system: You are a helpful assistant.
user:
Analyze the provided spectrum to determine if it is a **S-type Star**.

- **Key Indicators for S-type Star:**

    - **(Overall Spectrum Shape):** The first and most obvious characteristic is the overall continuum (the "baseline" shape). It is **extremely "red-sloping,"** meaning the flux (light intensity) is very low on the left side (blue, ~4000-4500 Å) and rises steeply and continuously toward the right side (red, ~7000 Å+).

    - **(Primary):** The spectrum is defined by the presence of strong, broad molecular absorption "valleys" (bands) from **Zirconium Oxide (ZrO)**. The identification of these bands is the **primary requirement** for classifying a star as S-type.
        - **(Key Bandheads):** You must find distinct, deep "dips" where the light has been absorbed. The most critical band systems to locate are:
            - **~6474 Å** ($\gamma$-system): This is often the strongest and clearest ZrO feature, found in the red part of the spectrum.
            - **~5718 Å** & **~5551 Å** ($\beta$-system): A pair of prominent absorption features in the yellow-orange part of the spectrum.
            - **~4640 Å** ($\alpha$-system): A key absorption band system in the blue-green region of the spectrum.

    - **(Secondary Confirmation):** The classification is strengthened by finding additional absorption bands from other related heavy element oxides, which are expected to be present alongside ZrO.
        - **(Key Bandheads):**
            - **Yttrium Oxide (YO):** Look for absorption dips near **~4800 Å** and **~6100 Å**.
            - **Lanthanum Oxide (LaO):** Additional absorption features, particularly in the red-orange part of the spectrum, are also characteristic.

    - **(Line Profile):** The combination of the steep red continuum and these numerous, deep molecular bands (ZrO, YO, etc.) gives the entire spectrum a very **"chopped-up"** or **"bumpy"** appearance. Instead of a smooth curve, the spectrum looks as though large, wide chunks of light have been "carved out" of it at the specific wavelengths listed above.

Think first, call **spectral_visualization_tool** if needed to examine features in detail, then provide your final answer. Your response must adhere to the following strict rules:
1.  **Overall Structure:** Your response must follow the format `<think>...</think> <tool_call>...</tool_call> (if a tool is used) <answer>...</answer>`.
2.  **Tool Usage Constraint:** You may only make **one** tool call per turn.
3.  **Final Answer Format:** In the `<answer>` tag, your conclusion must be inside a `\boxed{}` command (e.g., `\boxed{YES}` or `\boxed{NO}`), followed by your justification.

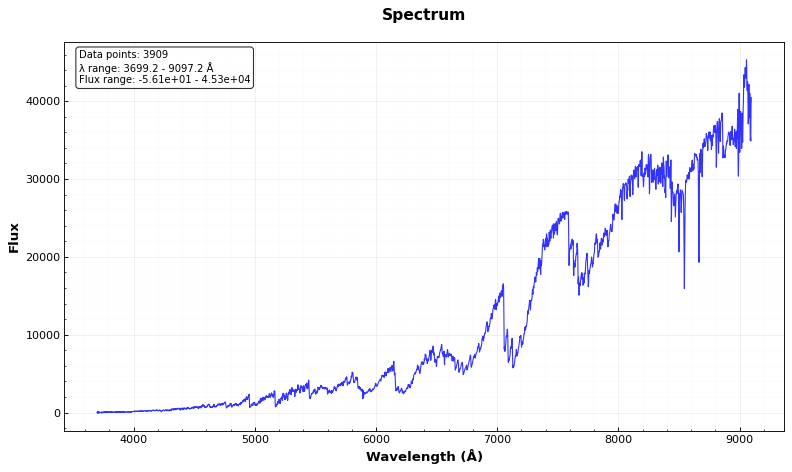
Answer: YES